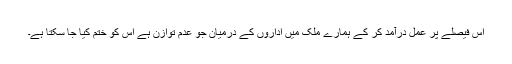
اس فیصلے پر عمل درآمد کر کے ہمارے ملک میں اداروں کے درمیان جو عدم توازن ہے اس کو ختم کیا جا سکتا ہے۔